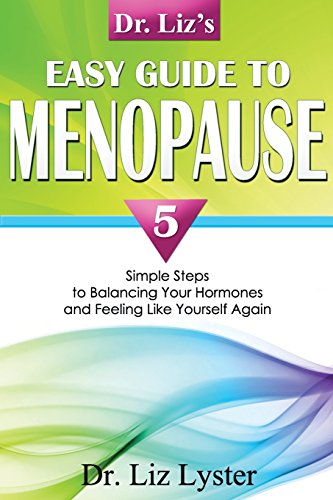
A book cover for Dr. Liz's Easy Guide To Menopause: 5 Simple Steps to Balancing Your Hormones and Feeling Like Yourself Again; Elizabeth Lyster; Health, Fitness & Dieting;